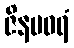
ဇိနပဝရံ